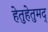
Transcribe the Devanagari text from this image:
हेतुहेतुमद्